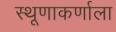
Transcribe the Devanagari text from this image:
स्थूणाकर्णाला